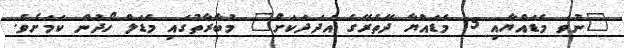
"ނުވަ މެޑައްޔާއި 15 މެޑައްޔާ ދޭތެރޭގެ އަދަދަކަށް" މުބާރާތުގައި މެޑަލް ހޯދުން ކަމަށެވެ.